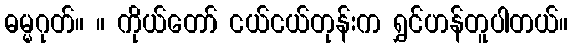
ဓမ္မဂုတ်။ ။ ကိုယ်တော် ငယ်ငယ်တုန်းက ရွှင်ဟန်တူပါတယ်။